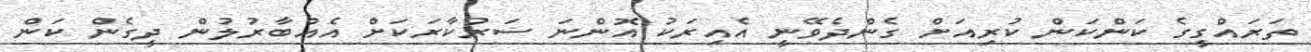
ތަރައްގީގެ ކަންކަން ކުރިއަށް ގެންދެވޭނީ އެއިރަކު އޮންނަ ސަރުކާރަކަށް އެއްބާރުލުން ދީގެން ކަން